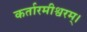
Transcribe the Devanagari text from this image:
कर्तारमीश्वरम्।